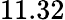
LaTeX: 11.32